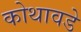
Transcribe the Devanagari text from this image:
कोथावडे